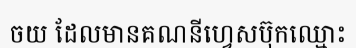
ចយ ដែលមានគណនីហ្វេសប៊ុកឈ្មោះ